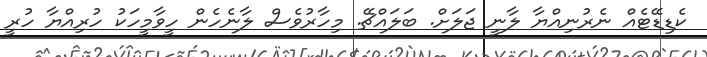
ކެޑިޑޭޓެއް ނެރުނިއްޔާ ލާނީ ޖަލަށް. ބަލައްޗޭ. މިހާރުވެސް ލާނެހެން ހީވާމީހަކު ހުރިއްޔާ ހުރީ